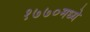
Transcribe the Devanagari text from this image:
१७७०मध्ये